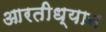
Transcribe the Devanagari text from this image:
आरतीध्यान